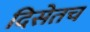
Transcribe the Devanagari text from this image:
दिसेतच